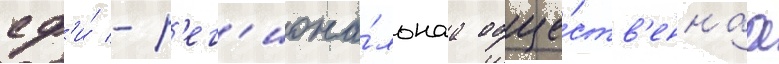
сф'и́ - р'ег'иона́льнаа обще́ств'еннаа